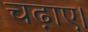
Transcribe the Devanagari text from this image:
चढ़ाए।